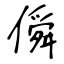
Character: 僢